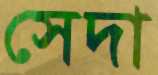
সেদা